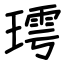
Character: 㻬